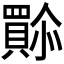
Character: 𫣿